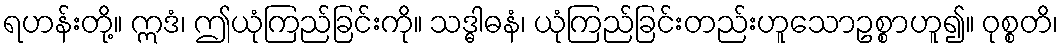
ရဟန်းတို့။ ဣဒံ၊ ဤယုံကြည်ခြင်းကို။ သဒ္ဓါဓနံ၊ ယုံကြည်ခြင်းတည်းဟူသောဥစ္စာဟူ၍။ ဝုစ္စတိ၊